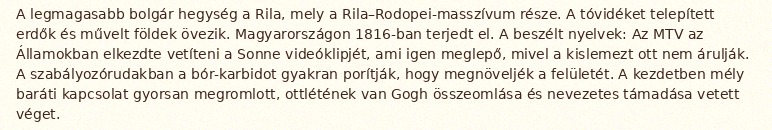
A legmagasabb bolgár hegység a Rila, mely a Rila–Rodopei-masszívum része. A tóvidéket telepített erdők és művelt földek övezik. Magyarországon 1816-ban terjedt el. A beszélt nyelvek: Az MTV az Államokban elkezdte vetíteni a Sonne videóklipjét, ami igen meglepő, mivel a kislemezt ott nem árulják. A szabályozórudakban a bór-karbidot gyakran porítják, hogy megnöveljék a felületét. A kezdetben mély baráti kapcsolat gyorsan megromlott, ottlétének van Gogh összeomlása és nevezetes támadása vetett véget.